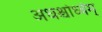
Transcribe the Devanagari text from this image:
अधश्चोर्ध्वम्